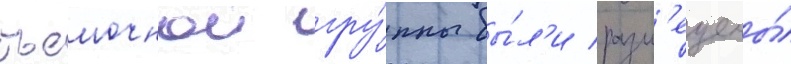
съемочнои гру́ппы бы́л'и разм'ещены́